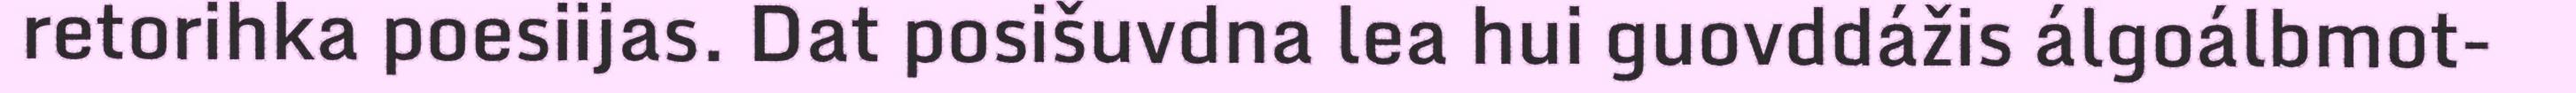
retorihka poesiijas. Dat posišuvdna lea hui guovddážis álgoálbmot-